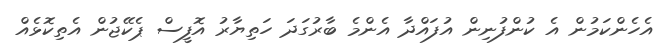
އެހެންކަމުން އެ ކުންފުނިން އުފައްދާ އެންމެ ބާރުގަދަ ހަތިޔާރު އޮފީސް ޕެކޭޖުން އެތިކޮޅެއް